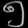
Digit: ၅